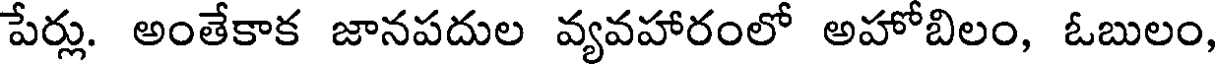
పేర్లు. అంతేకాక జానపదుల వ్యవహారంలో అహోబిలం, ఓబులం,